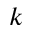
k